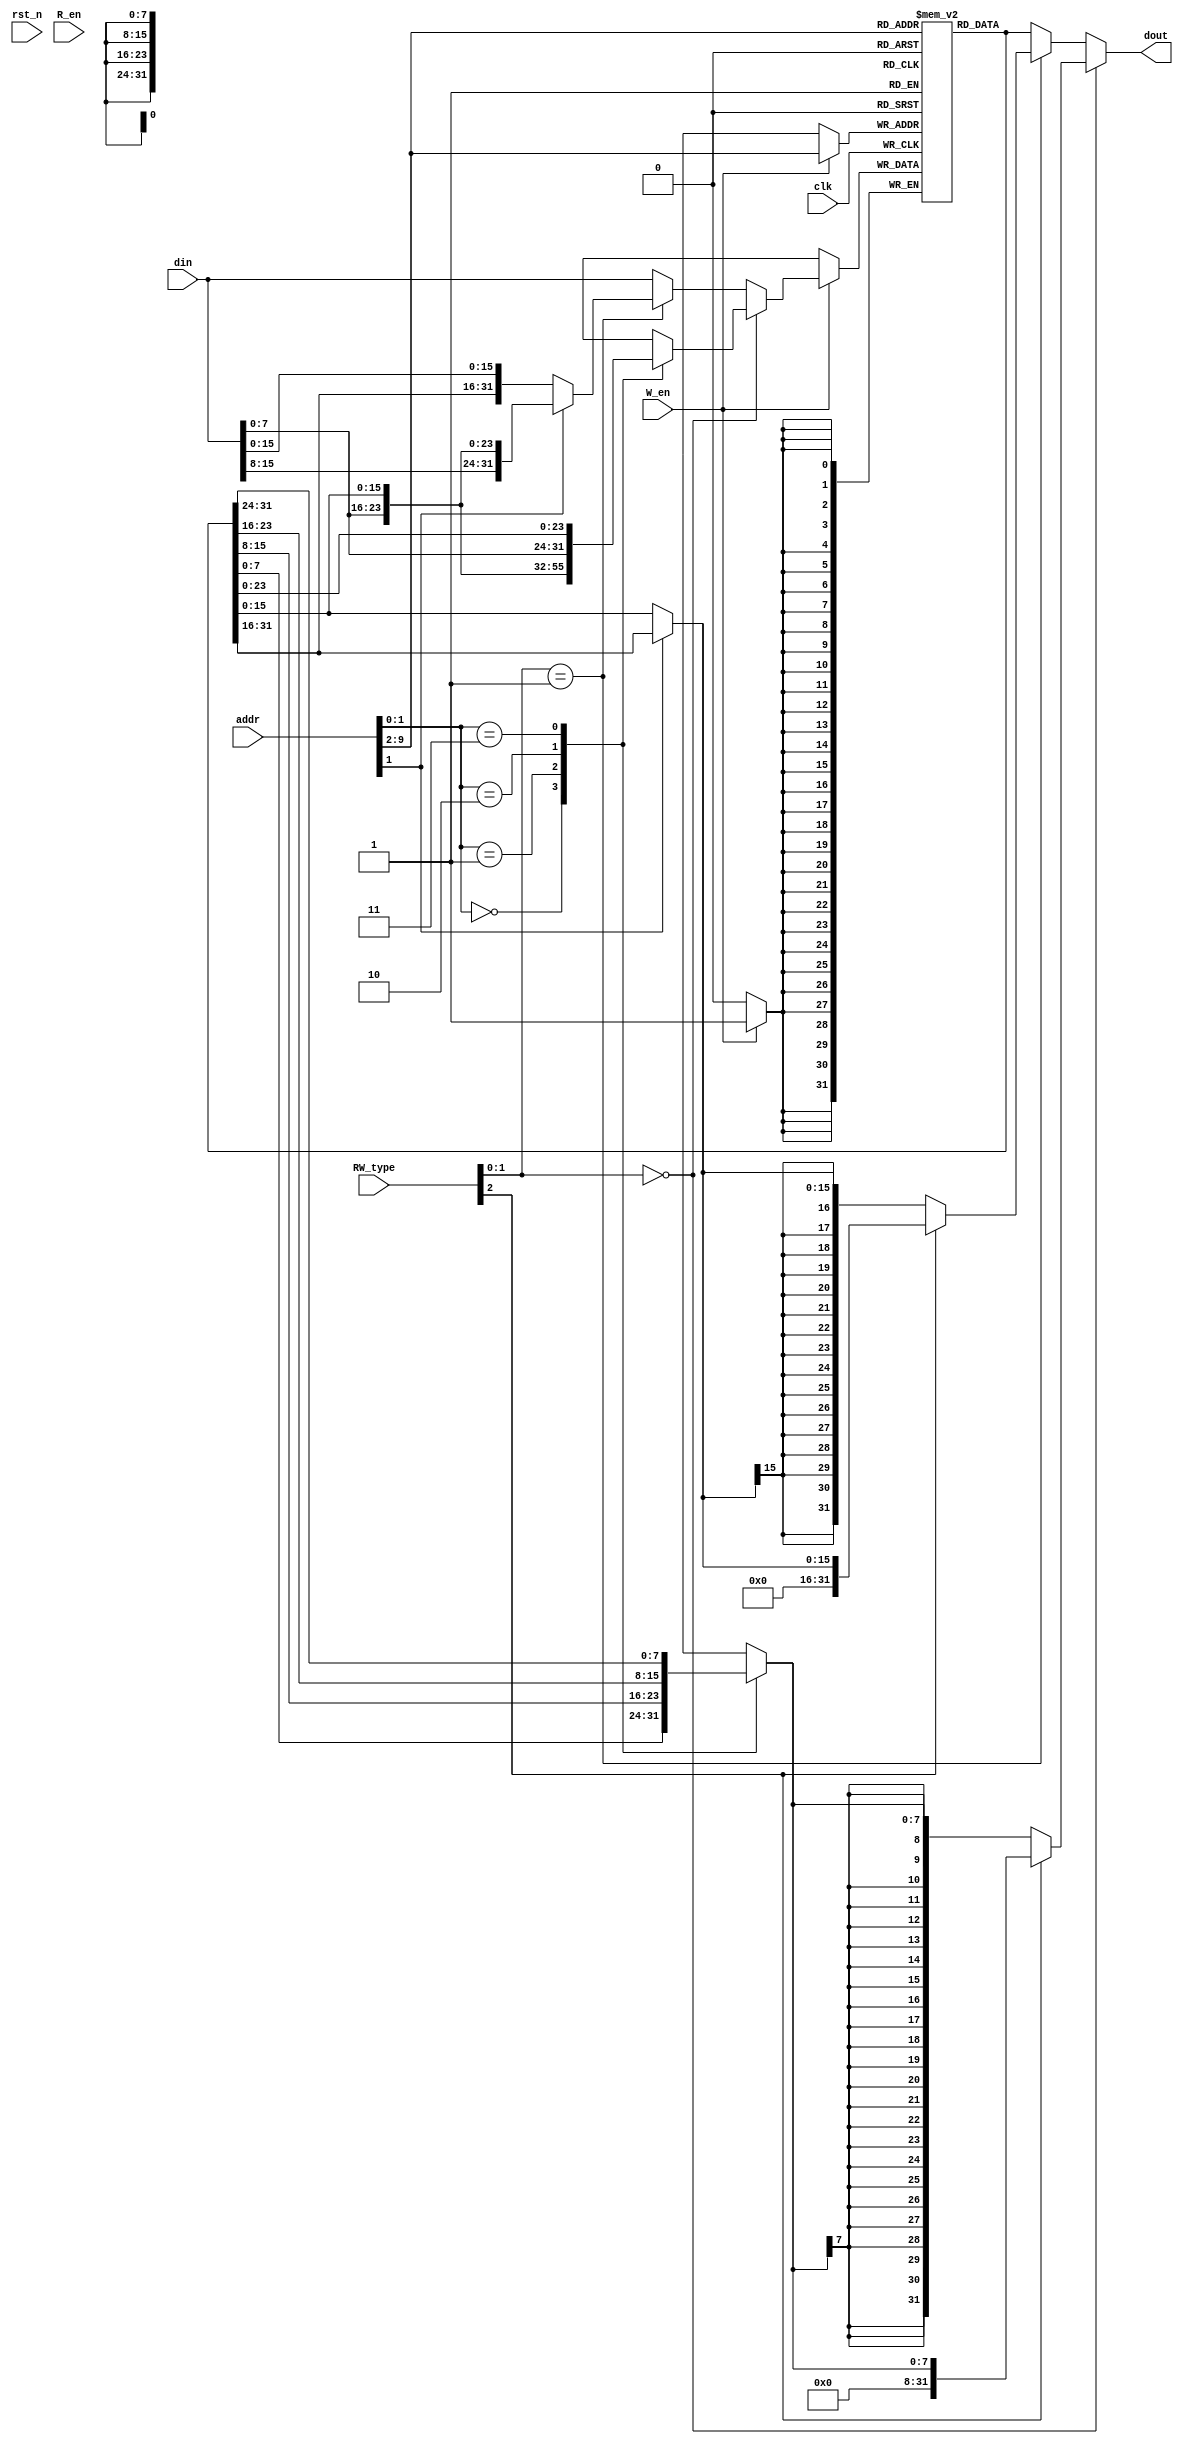
module data_memory(
	clk,
	rst_n,
	W_en,
	R_en,
	addr,
	RW_type,
	din,
	dout
    );
	
	
	input clk;
	input rst_n;
	
	input W_en;
	input R_en;
	
	input [31:0]addr;
	input [2:0]RW_type;

	input [31:0]din;
	output [31:0]dout;


	reg [31:0]ram[255:0];
	
	wire [31:0]Rd_data;
	
initial begin
ram[0]=32'd0;
end
	
	
	reg [31:0]Wr_data_B;//////////ֽƴ
	wire [31:0]Wr_data_H;//////////ƴ
	
	wire [31:0]Wr_data;
	
	
	assign Rd_data=ram[addr[31:2]];


always@(*)
	begin
		case(addr[1:0])
			2'b00:Wr_data_B={Rd_data[31:8],din[7:0]};
			2'b01:Wr_data_B={Rd_data[31:16],din[7:0],Rd_data[7:0]};
			2'b10:Wr_data_B={Rd_data[31:24],din[7:0],Rd_data[15:0]};
			2'b11:Wr_data_B={din[7:0],Rd_data[23:0]};
		endcase
	end

assign Wr_data_H=(addr[1]) ? {din[15:0],Rd_data[15:0]} : {Rd_data[31:16],din[15:0]} ;
	
/////дͣѡд

assign Wr_data=(RW_type[1:0]==2'b00) ? Wr_data_B :( (RW_type[1:0]==2'b01) ? Wr_data_H : din   );

//д

always@(posedge clk)
begin
	if(W_en)
		ram[addr[9:2]]<=Wr_data;
end

 
//


reg [7:0]Rd_data_B;
wire [15:0]Rd_data_H;

wire [31:0] Rd_data_B_ext;
wire [31:0] Rd_data_H_ext;

always@(*)
begin
	case(addr[1:0])
		2'b00:Rd_data_B=Rd_data[7:0];
		2'b01:Rd_data_B=Rd_data[15:8];
		2'b10:Rd_data_B=Rd_data[23:16];
		2'b11:Rd_data_B=Rd_data[31:24];
	endcase
end
		
assign Rd_data_H=(addr[1])? Rd_data[31:16]:Rd_data[15:0];

////չ
assign Rd_data_B_ext=(RW_type[2]) ? {24'd0,Rd_data_B} : {{24{Rd_data_B[7]}},Rd_data_B};

assign Rd_data_H_ext=(RW_type[2]) ? {16'd0,Rd_data_H} : {{16{Rd_data_H[15]}},Rd_data_H};


assign dout=(RW_type[1:0]==2'b00) ? Rd_data_B_ext : ((RW_type[1:0]==2'b01) ? Rd_data_H_ext : Rd_data );


endmodule